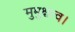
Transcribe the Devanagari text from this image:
मुमुक्षत्व।